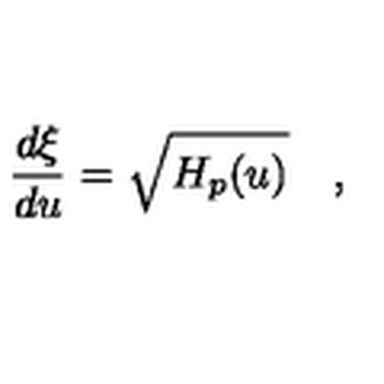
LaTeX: { \frac { d \xi } { d u } } = \sqrt { H _ { p } ( u ) } \quad ,